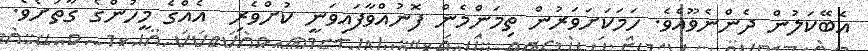
އެބޭކަލުން ދެންނެވޫއެވެ. ހަމަކަށަވަރުން ތިމަންމެން ފޮނުއްވާފައިވަނީ ކުށްވެރި  އެއްގެ މީހުންގެ ގާތަށެވެ.